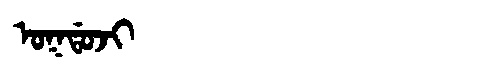
Manchu: ᠣᡴᡩᠣᠵᡳ
Romanization: OKDOJI